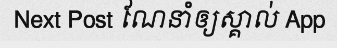
Next Post ណែនាំឲ្យស្គាល់ App